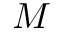
M